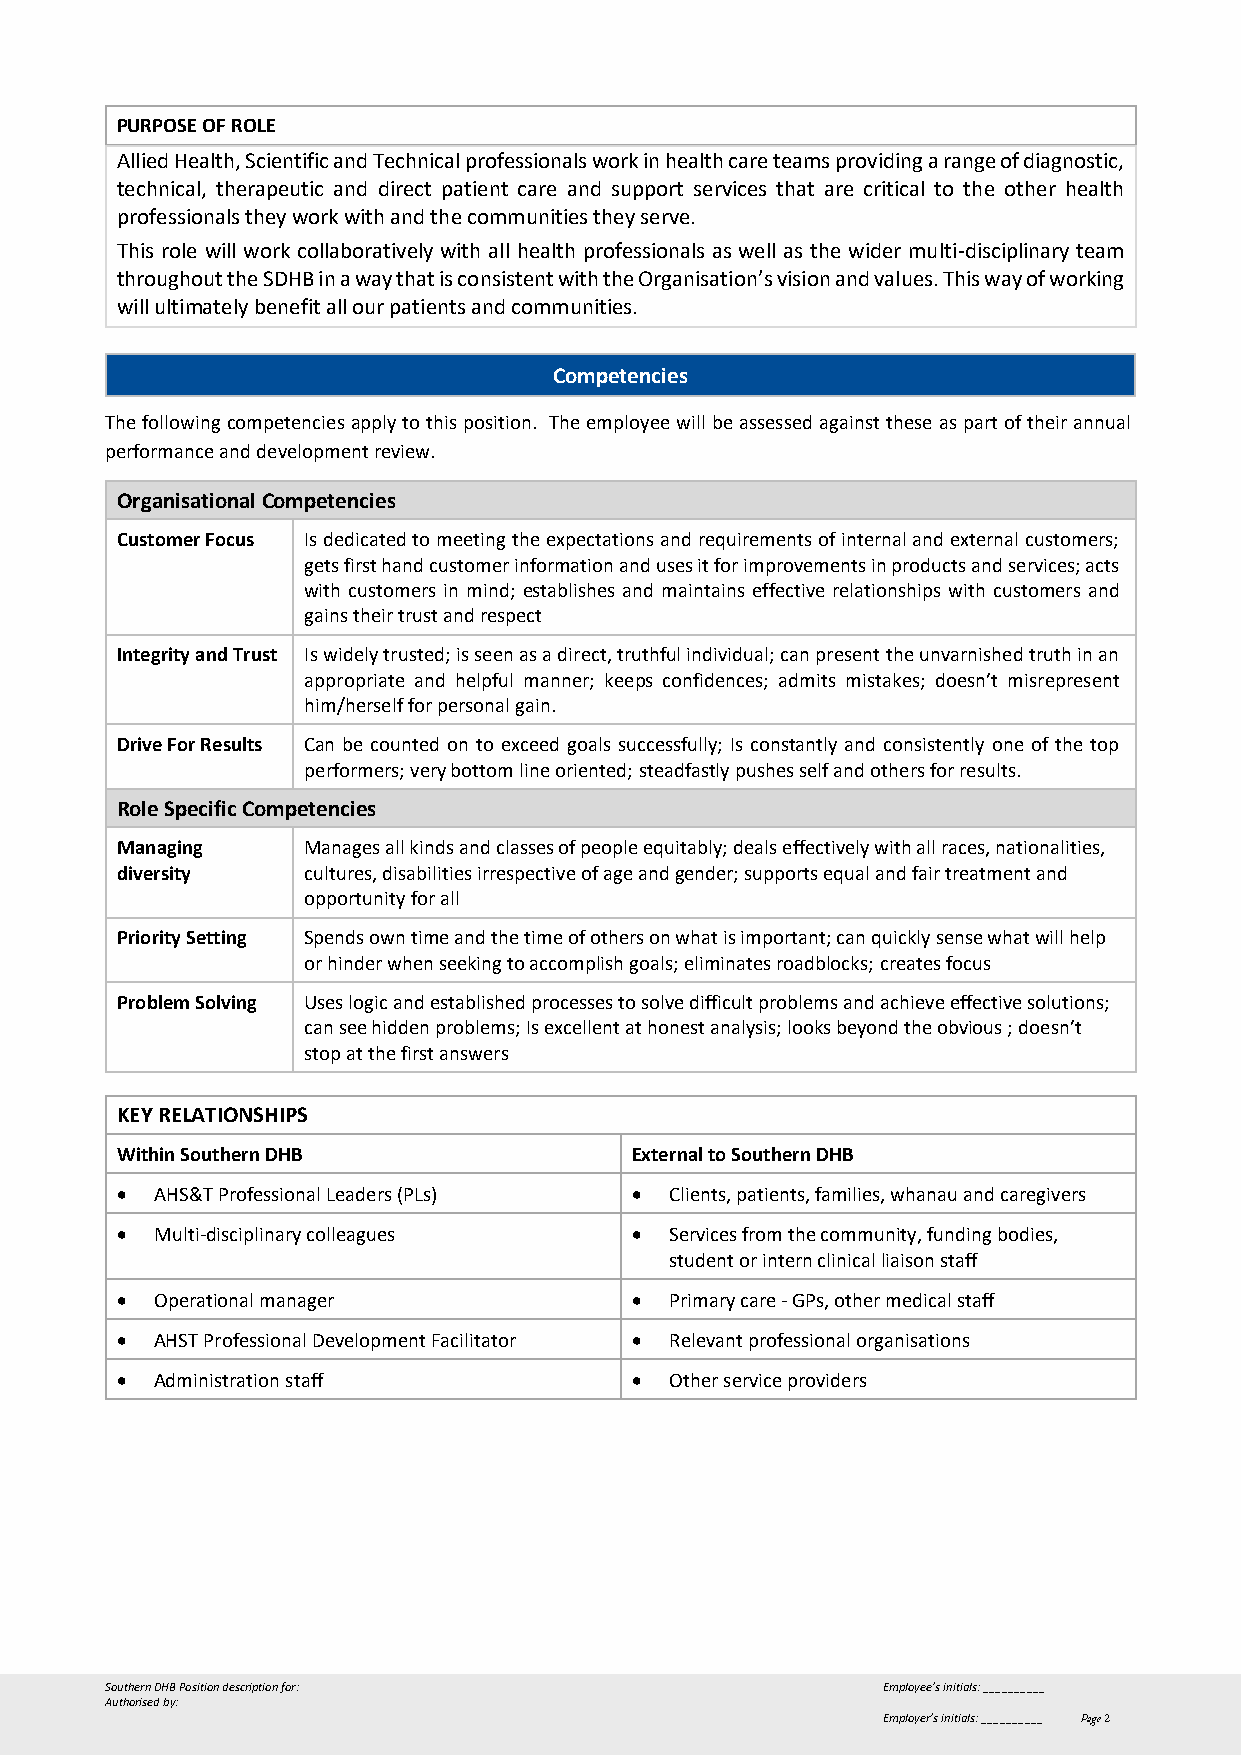
PURPOSE OF ROLE
 Allied Health, Scientific and Technical professionals work in health care teams providing a range of diagnostic,
 technical, therapeutic and direct patient care and support services that are critical to the other health
 professionals they work with and the communities they serve.
 This role will work collaboratively with all health professionals as well as the wider multi-disciplinary team
 throughout the SDHB in a way that is consistent with the Organisation’s vision and values. This way of working
 will ultimately benefit all our patients and communities.
 Competencies
 The following competencies apply to this position. The employee will be assessed against these as part of their annual
 performance and development review.
 Organisational Competencies
 Customer Focus Is dedicated to meeting the expectations and requirements of internal and external customers;
 gets first hand customer information and uses it for improvements in products and services; acts
 with customers in mind; establishes and maintains effective relationships with customers and
 gains their trust and respect
 Integrity and Trust Is widely trusted; is seen as a direct, truthful individual; can present the unvarnished truth in an
 appropriate and helpful manner; keeps confidences; admits mistakes; doesn’t misrepresent
 him/herself for personal gain.
 Drive For Results Can be counted on to exceed goals successfully; Is constantly and consistently one of the top
 performers; very bottom line oriented; steadfastly pushes self and others for results.
 Role Specific Competencies
 Managing    Manages all kinds and classes of people equitably; deals effectively with all races, nationalities,
 diversity   cultures, disabilities irrespective of age and gender; supports equal and fair treatment and
 opportunity for all
 Priority Setting Spends own time and the time of others on what is important; can quickly sense what will help
 or hinder when seeking to accomplish goals; eliminates roadblocks; creates focus
 Problem Solving Uses logic and established processes to solve difficult problems and achieve effective solutions;
 can see hidden problems; Is excellent at honest analysis; looks beyond the obvious ; doesn’t
 stop at the first answers
 KEY RELATIONSHIPS
 Within Southern DHB               External to Southern DHB
 • AHS&T Professional Leaders (PLs) • Clients, patients, families, whanau and caregivers
 • Multi-disciplinary colleagues   • Services from the community, funding bodies,
 student or intern clinical liaison staff
 • Operational manager             • Primary care - GPs, other medical staff
 • AHST Professional Development Facilitator • Relevant professional organisations
 • Administration staff            • Other service providers
 Southern DHB Position description for:             Employee’s initials: __________
 Authorised by:
 Employer’s initials: __________ Page 2